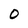
Character: 0